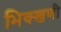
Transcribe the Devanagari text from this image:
भिक्खणी